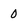
Character: 0